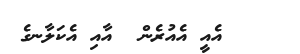
އެއީ އެއުރެން  އާއި އެކަލާނގެ